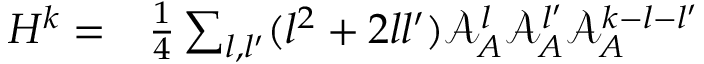
\begin{array} { r l } { H ^ { k } = } & { { } \frac { 1 } { 4 } \sum _ { { l } , { l ^ { \prime } } } ( { l } ^ { 2 } + 2 { l } { l ^ { \prime } } ) \mathcal { A } _ { A } ^ { l } \mathcal { A } _ { A } ^ { l ^ { \prime } } \mathcal { A } _ { A } ^ { k - { l } - { l ^ { \prime } } } } \end{array}